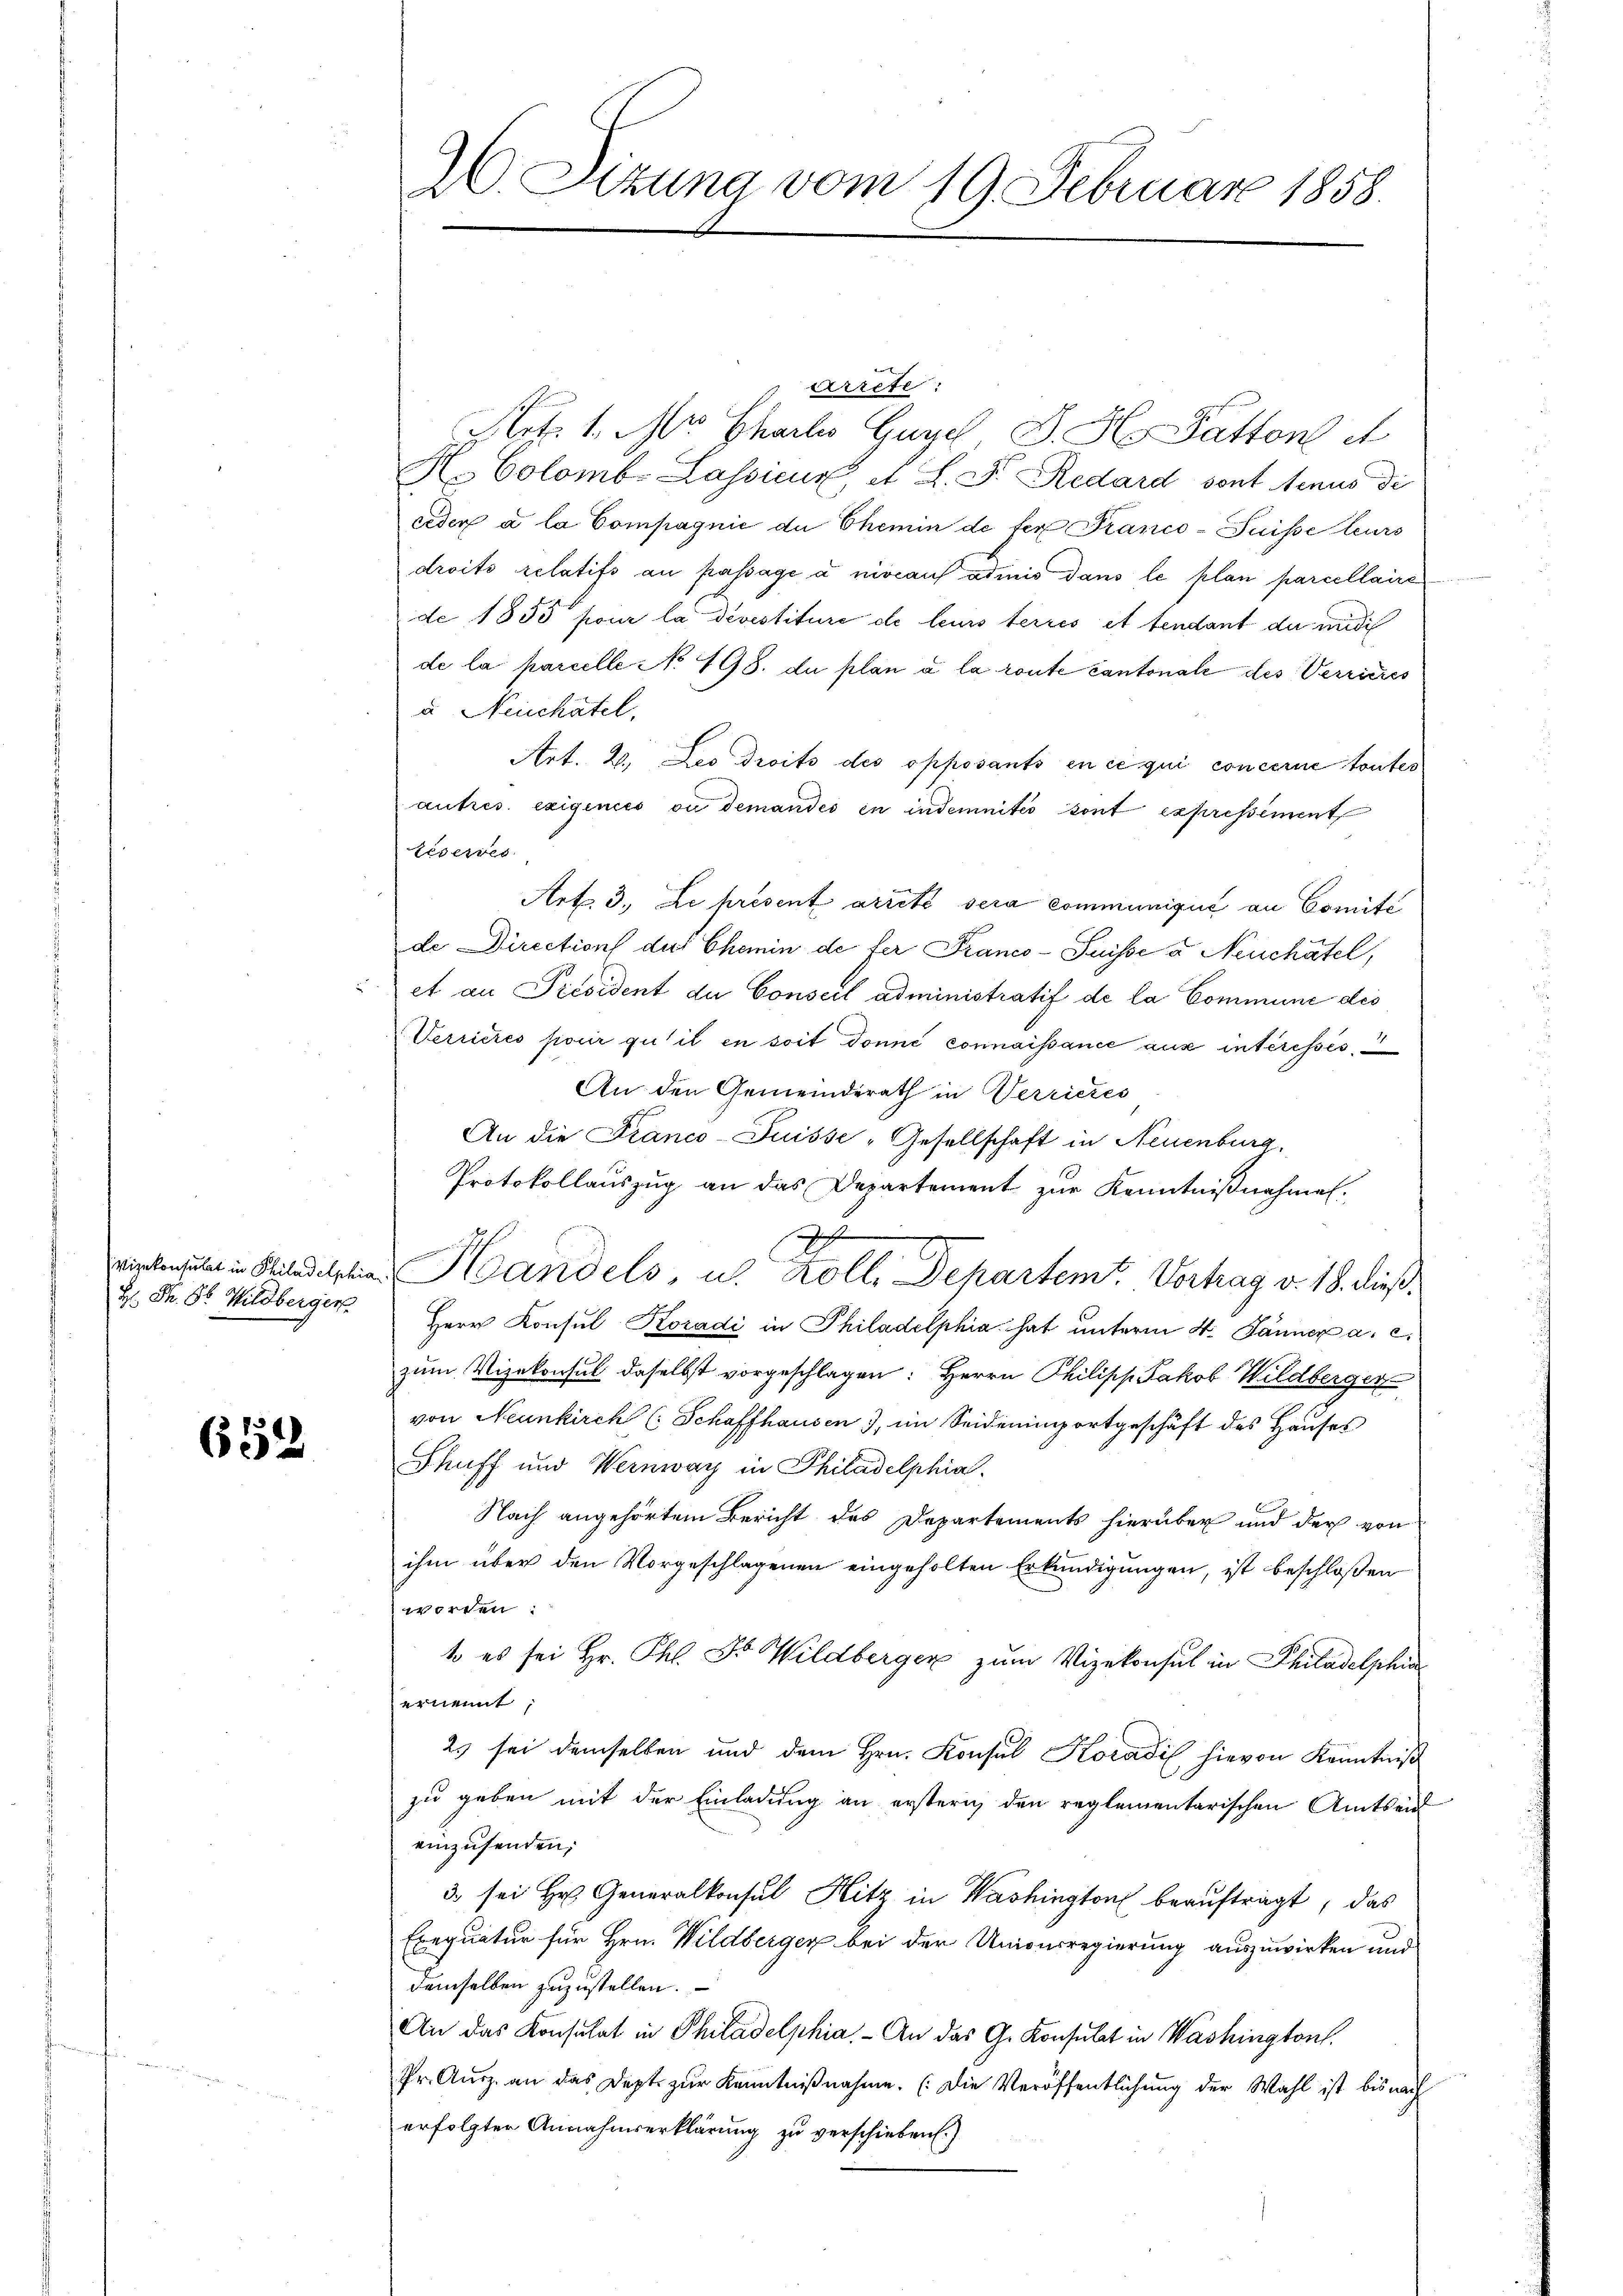
H. Fr. 86. Wildberger

652

arrete:
4
Art. 1. Mr. Chales Guye J. H. Patton d
H. Colomb. Lassicus, et L. F. Redard sont tenus di
ceder a la Compagnie de Chemin de fer Franco-Suisse leurs
droits relatifs au passage a niveaus admis dans le plan parcellaire
de 1855 pour la devestiture de leurs terres et tendant der medi
de la parcelle No 198. du plan a la route cantonale des Verriches
u Neuchâtel,
Art. 2. Les droits des opposants en ce qui concerne toutes
autres. exigencés ou demandes in indemnités sont expressement
Leserves
Art. 3. Le présent arreté sera communique an Comité
de Direction des Chemin de fer Franco-Suisse u Neuchâtel,
et an Président der Conseil administratif de la Commune des
Verrieres pour qu’il en soit donné connaissance aus interesses
An den Gemeinderath in Verrieres
An die Franco-Puisse - Gesellschaft in Neuenburg,
Protokollauszug an das Departement zur Kenntnißnahmen.
h
wirckensulat in Philadelphiae Handels, u. Koll. Departem Vortrag v. 18. dieß.
E
Herr Konsul Koradi in Philadelphia hat unterm 4. Jänner a. c.
zum Vizekonsul daselbst vorgeschlagen: Herrn Philipp Jakob Wildberger
von Neunkirch (Schaffhausen), im Seidenimportgeschäft des Hauses
Shuff und Wernwarz in Philadelphia
Nach angehörtem Bericht des Departements hierüber und der von
ihm über den Vorgeschlagenen eingeholten Erkundigungen, ist beschloßen
worden.
t es sei Hr. Thl. Fr. Wildberger zum Vizekonsul in Philadelphi
ernennt,
2s sei demselben und dem Hrn. Konsul Koradil hievon Kenntniß
zu geben mit der Einladung an ersterig den reglementarischen Amtseit
einzusenden;
3. sei Hr. Generalkonsul Hitz in Washington beauftragt, das
Exequatur für Hrn. Wildberger bei der Unionsregierung auszuwirken und
demselben zuzustellen.
An das Konsulat in Philadelphia. - An das G. Konsulat in Washington.
Pr. Aŭsz. an das Dept. zŭr Kenntniβnahme. (Die Veröffentlichung der Wahl ist bis nach
erfolgter Annahmserklärung zu verschieben.)

20. Sitzung vom 19. Februar 1858.